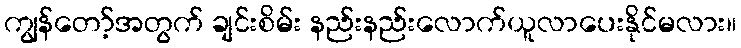
ကျွန်တော့်အတွက် ချင်းစိမ်း နည်းနည်းလောက်ယူလာပေးနိုင်မလား။